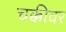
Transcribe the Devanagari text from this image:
चक्कीवर